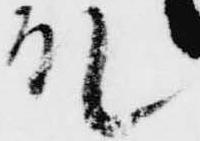
殿